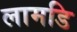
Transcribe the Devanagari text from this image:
लामडि